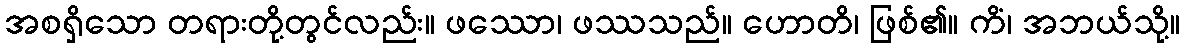
အစရှိသော တရားတို့တွင်လည်း။ ဖဿော၊ ဖဿသည်။ ဟောတိ၊ ဖြစ်၏။ ကိံ၊ အဘယ်သို့။